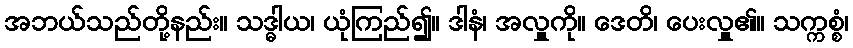
အဘယ်သည်တို့နည်း။ သဒ္ဓါယ၊ ယုံကြည်၍။ ဒါနံ၊ အလှူကို။ ဒေတိ၊ ပေးလှူ၏။ သက္ကစ္စံ၊